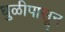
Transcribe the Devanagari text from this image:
धुळीपासून